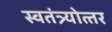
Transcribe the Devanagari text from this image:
स्वतंत्र्योत्‍तर